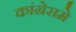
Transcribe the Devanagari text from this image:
कांग्रेसमे